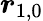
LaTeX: {\boldsymbol{r}}_{1,0}